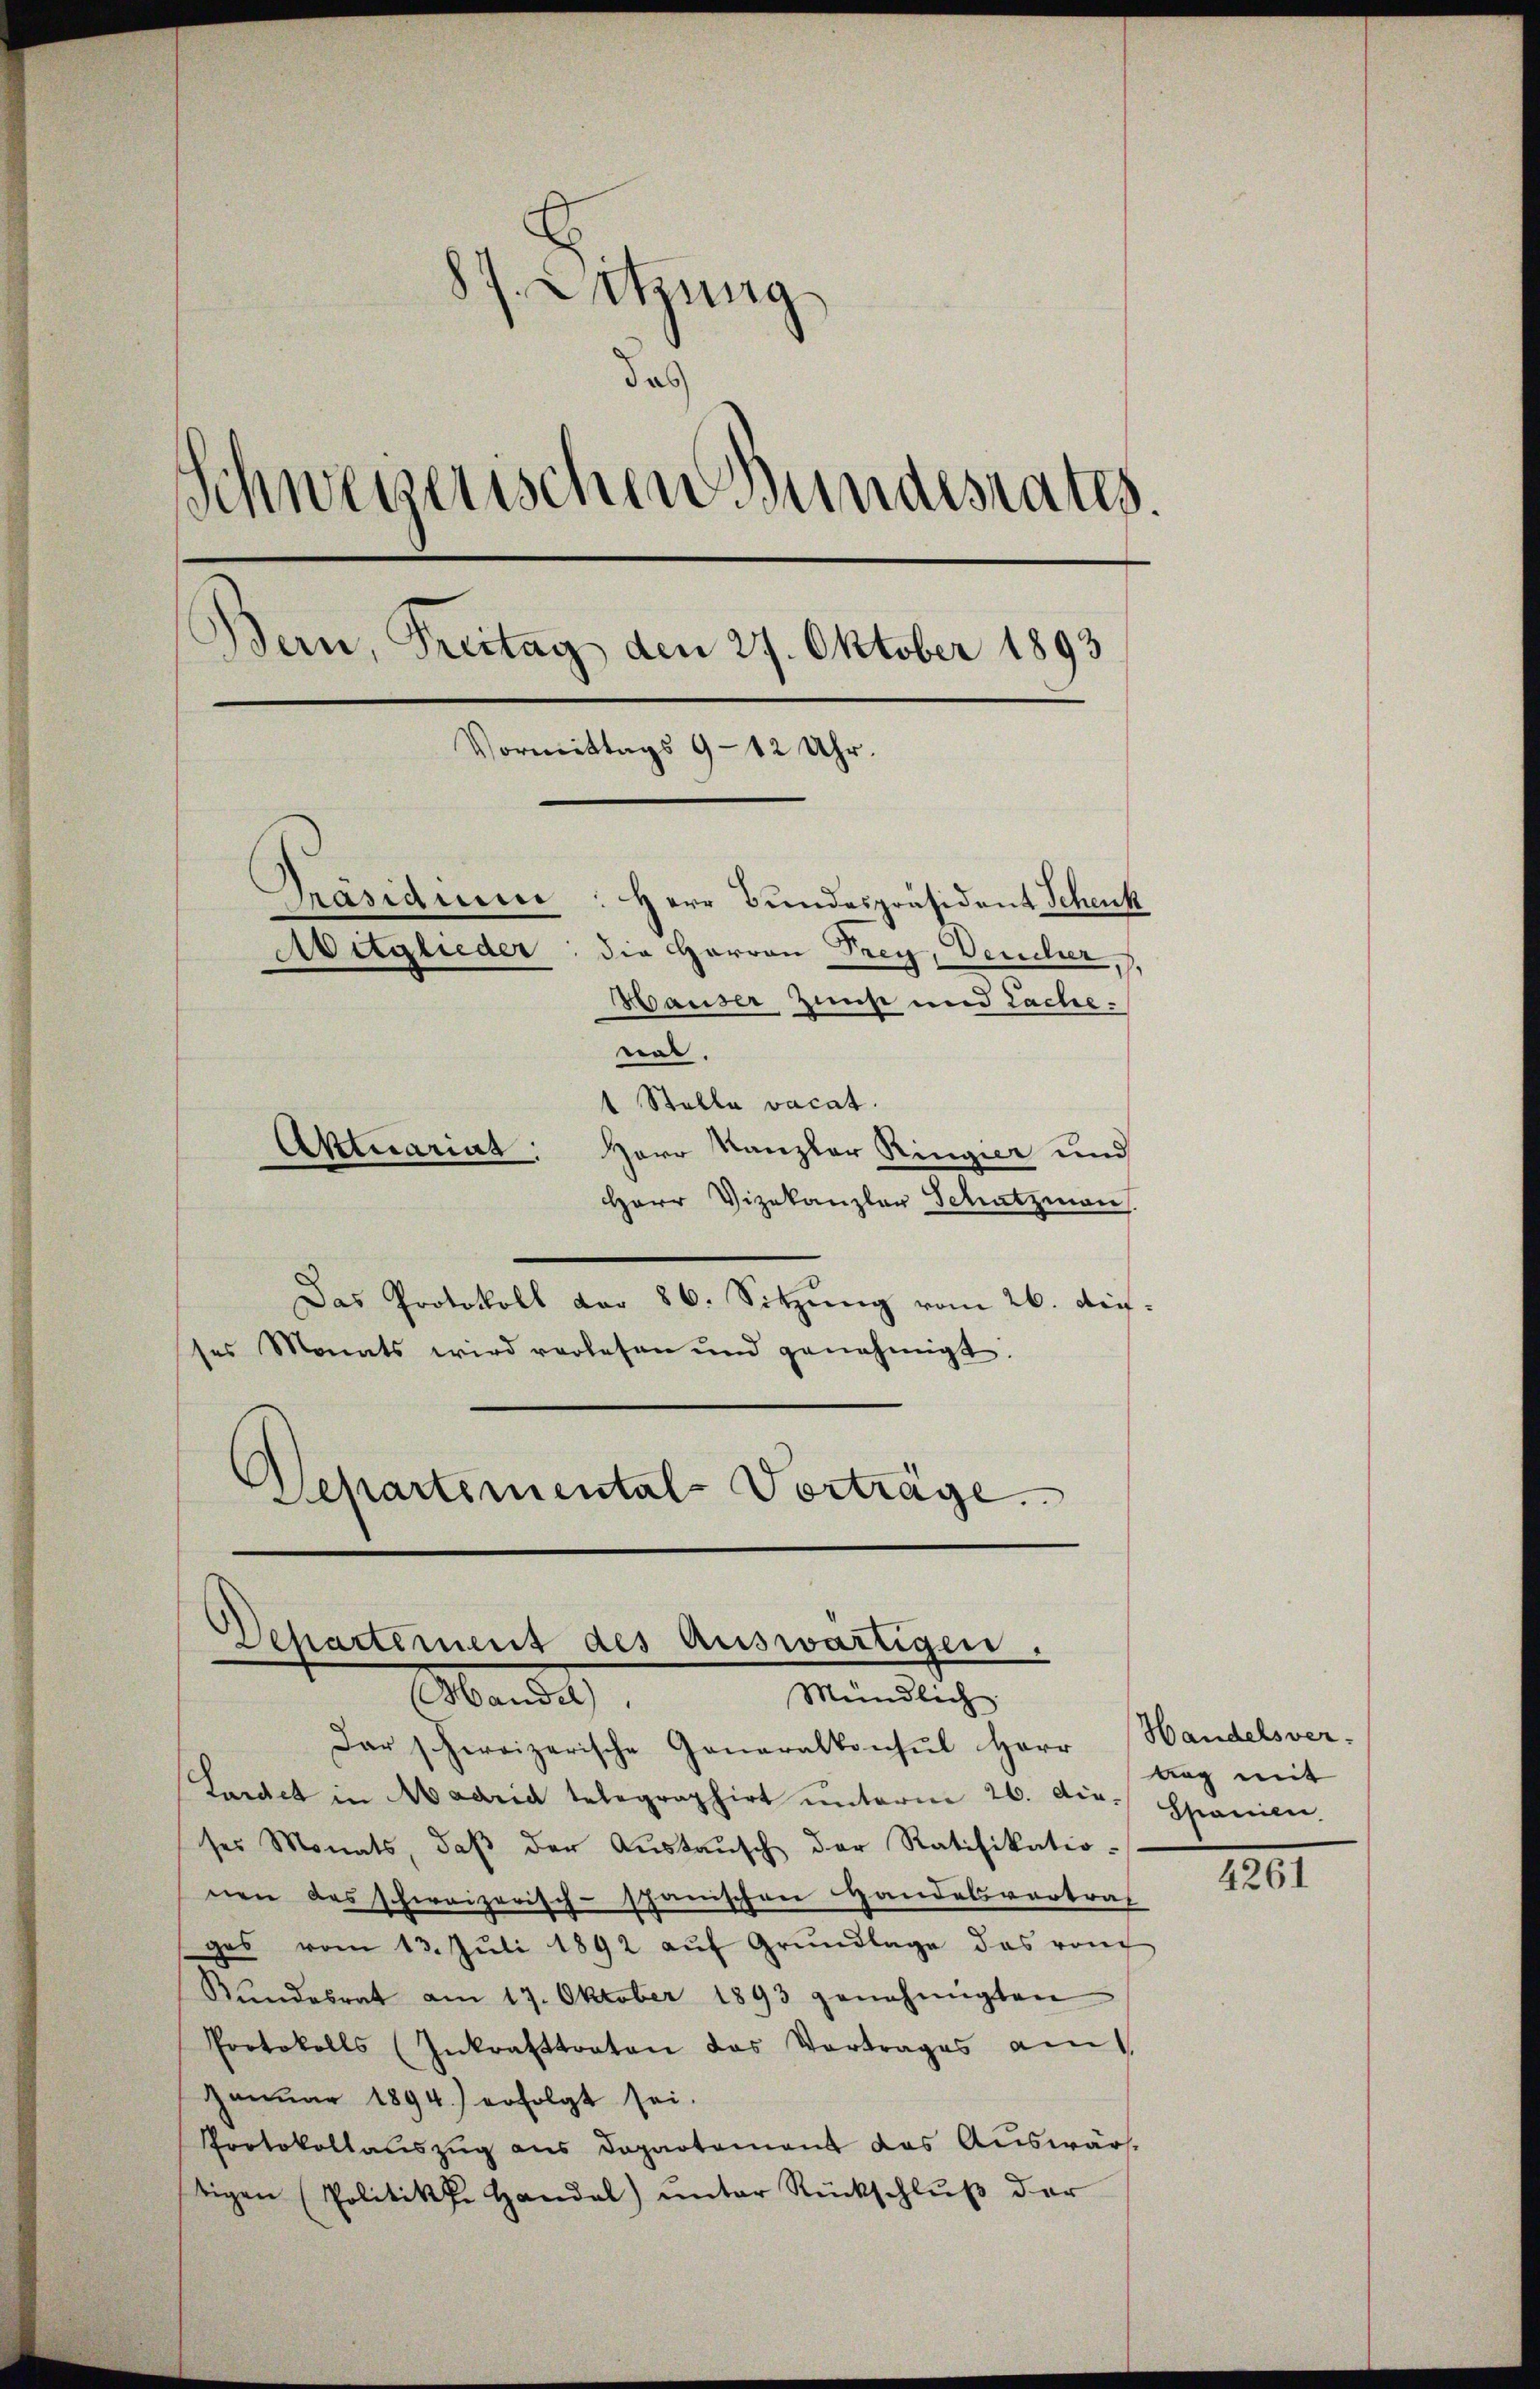
87. Sitzung
das
Schweizerischen Bundesrates.
Bern, Freitag den 27. Oktober 1893
Vormittags 9 - 12 Uhr.
Präsidium: Herr Bundespräsident Schenk
Aitglieder
die Harron Frey, Deucher,
Hauser Zunft und Lache.
nal.

1 Stalla vacat.
Herr Kanzler Ringier und
Herr Vizekanzler Schatzman
Das Protokoll der 86. Sitzung vom 26. Aufses Monats wird verlesen und genehmigt.
e
Departemental-Vorträge.

Aktuariat

Departement des auswärtigen.
Mündlich.
Mande

Dar schereizerische Generalkonsul Herr Handelsver-
Lardet in Maaria telegraphirt ŭnterm 26. dir. Spanien,
ses Monats, daβ der Austausch der Ratifikatio-
nen das schweizerisch-spanischen Handelsvertrag
ges vom 13. Jŭli 1892 aŭf Grŭndlage das von
Rŭndesrat am 17. Oktober 1893 genehmigten
Protokolls (Inkrafttraten das Vortrages am
Januar 1894.) erfolgt sei.
Protokollauszug aus Departement das Auswärtigen Politikke Handel ŭnter Rückschlŭβ der

Aug mit

4261